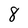
Character: 8